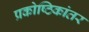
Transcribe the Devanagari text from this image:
प्रकोष्ठिकांतर